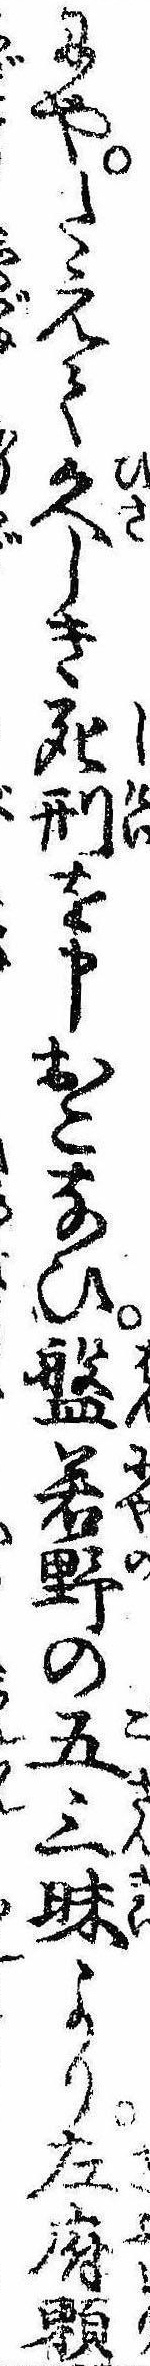
にやたえて久しき死刑を申おこなひ盤若野の五三昧より左府頼